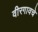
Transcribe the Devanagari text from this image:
वीरगावचे